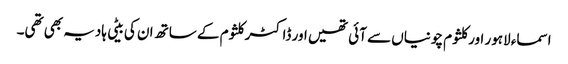
اسماء لاہور اور کلثوم چونیاں سے آئی تھیں اور ڈاکٹر کلثوم کے ساتھ ان کی بیٹی ہادیہ بھی تھی۔